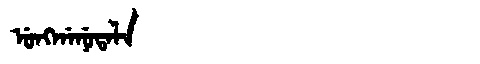
Manchu: ᡠᠩᡤᠠᠨᡠᡨᠠᠯᠠ
Romanization: UNGGANUTALA